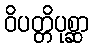
ဝိပတ္တိပုစ္ဆာ